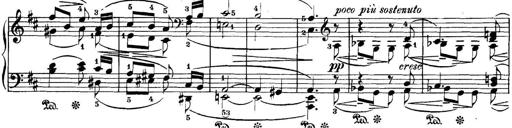
Title: 3 Sonatinas
Composer: Carl Reinecke